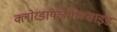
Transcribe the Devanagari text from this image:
क्लोरडायज़ेपाक्साइड